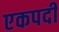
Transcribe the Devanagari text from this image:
एकपदीं